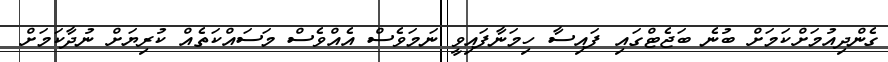
ގެންދިއުމަށްކަމަށް ބުނެ ބަޖެޓްގައި ފައިސާ ހިމަނާފައިވީ ނަމަވެސް އެއްވެސް މަސައްކަތެއް ކުރިޔަށް ނުދާކަމަށް